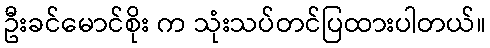
ဦးခင်မောင်စိုး က သုံးသပ်တင်ပြထားပါတယ်။